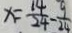
x = \frac { 1 4 } { 2 4 } - \frac { 9 } { 2 4 }